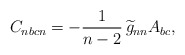
\begin{align*}C_{nbcn} = - \frac{1}{n-2}\, \widetilde{g}_{nn}A_{bc} ,\end{align*}